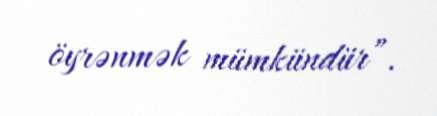
öyrənmək mümkündür”.